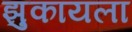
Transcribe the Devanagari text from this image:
झुकायला